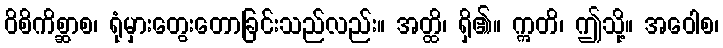
ဝိစိကိစ္ဆာစ၊ ရုံမှားတွေးတောခြင်းသည်လည်း။ အတ္ထိ၊ ရှိ၏။ ဣတိ၊ ဤသို့။ အဝေါစ၊